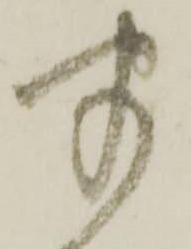
半